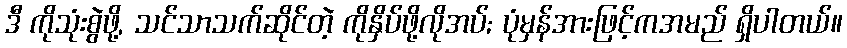
ဒီ ကိုသုံးစွဲဖို့, သင်သာသက်ဆိုင်တဲ့ ကိုနှိပ်ဖို့လိုအပ်; ပုံမှန်အားဖြင့်ကအမည် ရှိပါတယ်။